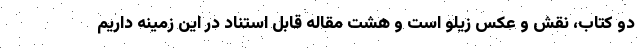
دو کتاب، نقش و عکس زیلو است و هشت مقاله قابل استناد در این زمینه داریم